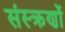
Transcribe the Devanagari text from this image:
संस्क्रणों